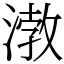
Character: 㴾